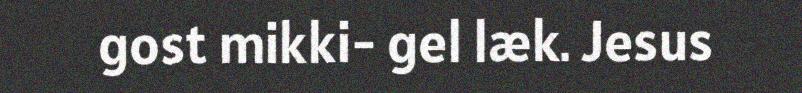
gost mikki- gel læk. Jesus